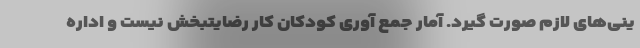
ینی‌های لازم صورت گیرد. آمار جمع آوری کودکان کار رضایتبخش نیست و اداره